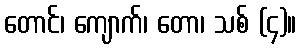
တောင်၊ ကျောက်၊ တော၊ သစ် (၄)။